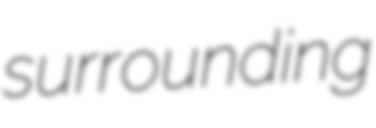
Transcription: surrounding